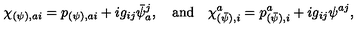
\chi _ { ( \psi ) , a i } = p _ { ( \psi ) , a i } + i g _ { i j } \bar { \psi } _ { a } ^ { j } , \quad \mathrm { a n d } \quad \chi _ { ( \bar { \psi } ) , i } ^ { a } = p _ { ( \bar { \psi } ) , i } ^ { a } + i g _ { i j } \psi ^ { a j } ,